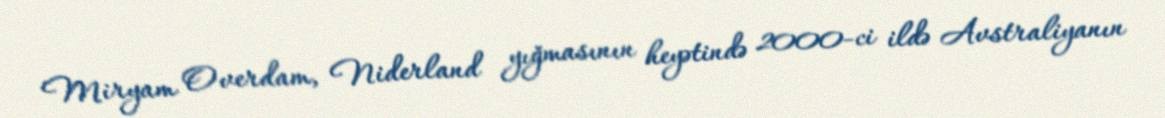
Miryam Overdam, Niderland yığmasının heyətində 2000-ci ildə Avstraliyanın